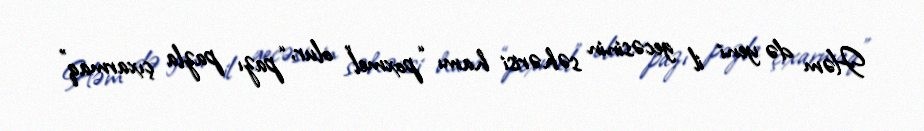
Həm də yeni il gecəsinin səhərisi hamı “poxmel” olur, “pazı pazla çıxarmaq”